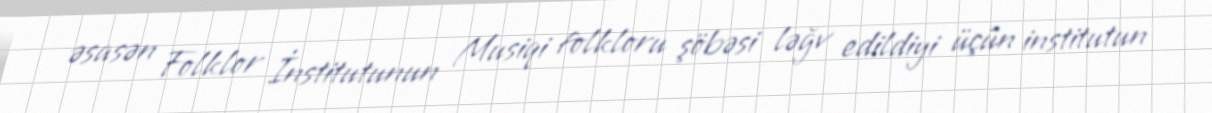
əsasən Folklor İnstitutunun Musiqi folkloru şöbəsi ləğv edildiyi üçün institutun